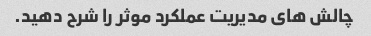
چالش های مدیریت عملکرد موثر را شرح دهید.